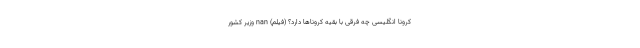
کرونا انگلیسی چه فرقی با بقیه کروناها دارد؟ (فیلم) nan ‌وزیر کشور